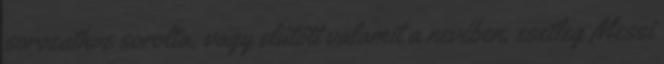
sorozathoz sorolta, vagy elütött valamit a nevében, esetleg Messi